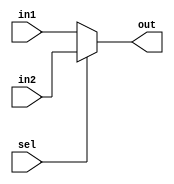
module mux2(sel,in1,in2,out);

input  sel;
input [31:0] in1;
input [31:0] in2;

output [31:0] out;

assign out = sel? in2:in1;

endmodule